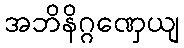
အဘိနိဂ္ဂဏှေယျ